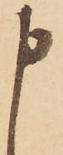
申